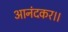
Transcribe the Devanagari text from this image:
आनंदकर।।